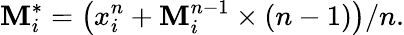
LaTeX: \mathbf{M}_{i}^{*}=\left(x_{i}^{n}+\mathbf{M}_{i}^{n-1}\times\left(n-1\right)\right)/n.